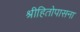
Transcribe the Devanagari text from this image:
श्रीहितोपासना